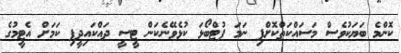
ކޮންމެ ބަޔަކުވެސް މަސައްކަތްކޮށްފި ނަމަ ފުޓްބޯޅަ ކުޅެވޭނެކަން ޓީސީ ދައްކައިދީފި ކަމަށް އެޓީމުގެ